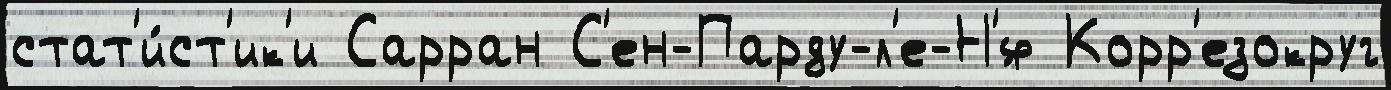
стат'и́ст'ик'и Сарран С'ен-Парду-л'е-Н'́ф Корр'езокруг